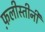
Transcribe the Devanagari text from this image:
फ़लीस्तीनी